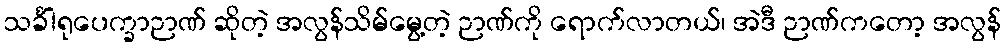
သင်္ခါရုပေက္ခာဉာဏ် ဆိုတဲ့ အလွန်သိမ်မွေ့တဲ့ ဉာဏ်ကို ရောက်လာတယ်၊ အဲဒီ ဉာဏ်ကတော့ အလွန်